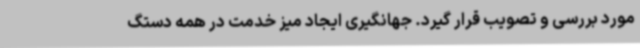
مورد بررسی و تصویب قرار گیرد. جهانگیری ایجاد میز خدمت در همه دستگ